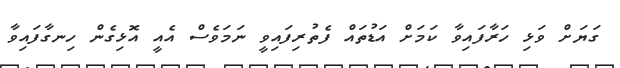
ގަޔަށް ވަޅި ހަރާފައިވާ ކަމަށް އަޑުތައް ފެތުރިފައިވީ ނަމަވެސް އެއީ އޮޅިގެން ހިނގާފައިވާ